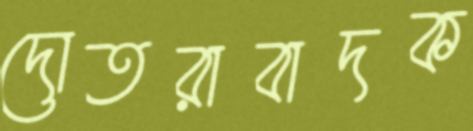
দোতরাবাদক